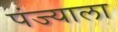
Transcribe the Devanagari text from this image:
पंज्याला